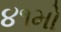
૪૧મો